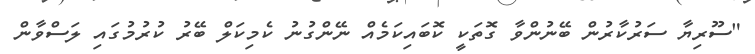
"ސޫރިޔާ ސަރުކާރުން ބޭނުންވާ ގޮތަކީ ކޮބައިކަމެއް ނޭންގުނު ކެމިކަލް ބޭރު ކުރުމުގައި ލަސްވާން